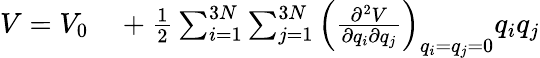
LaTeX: \begin{array}{rl}{V=V_{0}}&{{}+\frac{1}{2}\sum_{i=1}^{3N}\sum_{j=1}^{3N}\left(\frac{\partial^{2}V}{\partial q_{i}\partial q_{j}}\right)_{q_{i}=q_{j}=0}q_{i}q_{j}}\end{array}